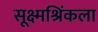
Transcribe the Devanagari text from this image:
सूक्ष्मश्रिंकला